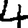
Digit: 4